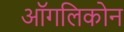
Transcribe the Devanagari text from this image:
ऑगलिकोन